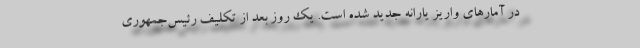
در آمارهای واریز یارانه جدید شده است. یک روز بعد از تکلیف رئیس‌جمهوری